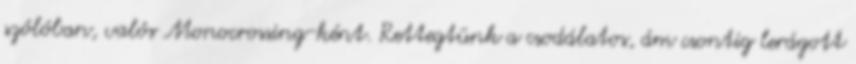
szólóban, valós Monocrossing-ként. Rettegtünk a csodálatos, ám csontig lerágott